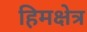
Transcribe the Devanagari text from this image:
हिमक्षेत्र